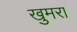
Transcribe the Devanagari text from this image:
खुमरा